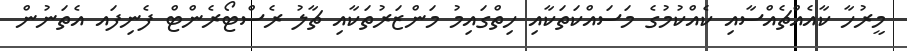
މީރުހާ ކާއެއްޗެއްސާއި ކެއްކުމުގެ މަސައްކަތަކާއި ހިތްގައިމު މަންޒަރުތަކާއި ޗާލު ރެސްޓޯރެންޓް ފެނިފައ އެތަނުން